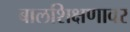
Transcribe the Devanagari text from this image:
बालशिक्षणावर